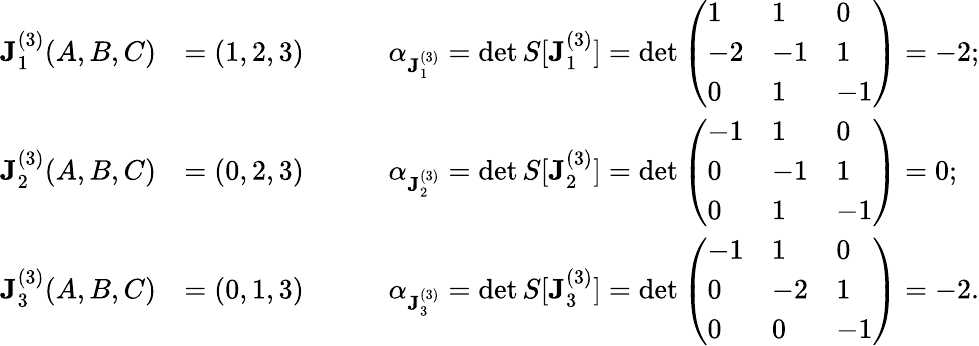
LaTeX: \begin{array}{rl}{\mathbf{J}_{1}^{(3)}(A,B,C)}&{=(1,2,3)\quad\quad\quad\alpha_{\mathbf{J}_{1}^{(3)}}=\det S[\mathbf{J}_{1}^{(3)}]=\det\left(\begin{array}{lll}{1}&{1}&{0}\\ {-2}&{-1}&{1}\\ {0}&{1}&{-1}\end{array}\right)=-2;}\\ {\mathbf{J}_{2}^{(3)}(A,B,C)}&{=(0,2,3)\quad\quad\quad\alpha_{\mathbf{J}_{2}^{(3)}}=\det S[\mathbf{J}_{2}^{(3)}]=\det\left(\begin{array}{lll}{-1}&{1}&{0}\\ {0}&{-1}&{1}\\ {0}&{1}&{-1}\end{array}\right)=0;}\\ {\mathbf{J}_{3}^{(3)}(A,B,C)}&{=(0,1,3)\quad\quad\quad\alpha_{\mathbf{J}_{3}^{(3)}}=\det S[\mathbf{J}_{3}^{(3)}]=\det\left(\begin{array}{lll}{-1}&{1}&{0}\\ {0}&{-2}&{1}\\ {0}&{0}&{-1}\end{array}\right)=-2.}\end{array}